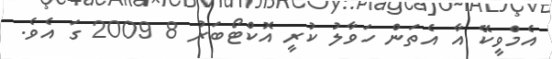
އެމްވީކޭ އާ އެތަން ހަވާލު ކުރީ އޮކްޓޯބަރު 8 2009 ގަ އެވެ.